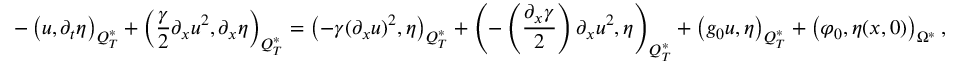
- \left( u , \partial _ { t } \eta \right) _ { Q _ { T } ^ { * } } + \left( \frac { \gamma } { 2 } \partial _ { x } u ^ { 2 } , \partial _ { x } \eta \right) _ { Q _ { T } ^ { * } } = \left( - \gamma ( \partial _ { x } u ) ^ { 2 } , \eta \right) _ { Q _ { T } ^ { * } } + \left( - \left( \frac { \partial _ { x } \gamma } { 2 } \right) \partial _ { x } u ^ { 2 } , \eta \right) _ { Q _ { T } ^ { * } } + \left( g _ { 0 } u , \eta \right) _ { Q _ { T } ^ { * } } + \left( \varphi _ { 0 } , \eta ( x , 0 ) \right) _ { \Omega ^ { * } } ,